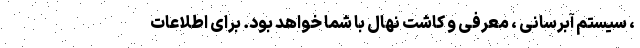
، سیستم آبرسانی ، معرفی و کاشت نهال با شما خواهد بود. برای اطلاعات